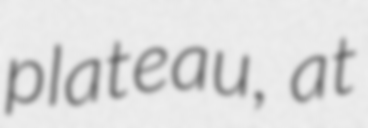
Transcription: plateau, at